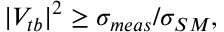
| V _ { t b } | ^ { 2 } \ge \sigma _ { m e a s } / \sigma _ { S M } ,